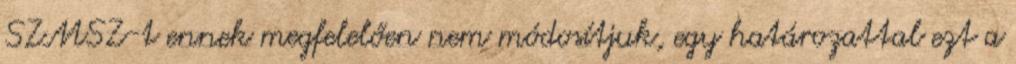
SZMSZ-t ennek megfelelően nem módosítjuk, egy határozattal ezt a